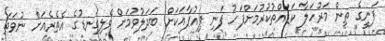
ފަނީގެ ތިން މަރުހަލާ ކަޑައްތުކުރުމަށްފަހު ފަނި ޕިއުޕާއަކަށް ބަދަލުވުމަށް ވެލިގަނޑުގެ އެތެރެއަށް ނުވަތަ